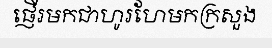
ផ្ញើរមកជាហូរហែមកក្រសួង